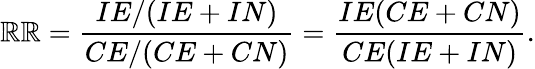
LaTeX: \mathbb{R}\mathbb{R}={\frac{{IE/(IE+IN)}}{{CE/(CE+CN)}}}={\frac{{IE(CE+CN)}}{{CE(IE+IN)}}}.